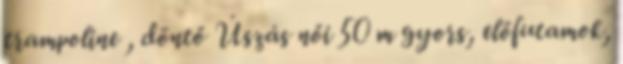
trampoline , döntő Úszás női 50 m gyors, előfutamok,